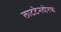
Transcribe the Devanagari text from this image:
लाटटेनदोरफ